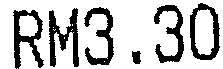
RM3.30